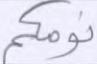
نومكم